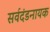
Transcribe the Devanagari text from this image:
सर्वदंडनायक